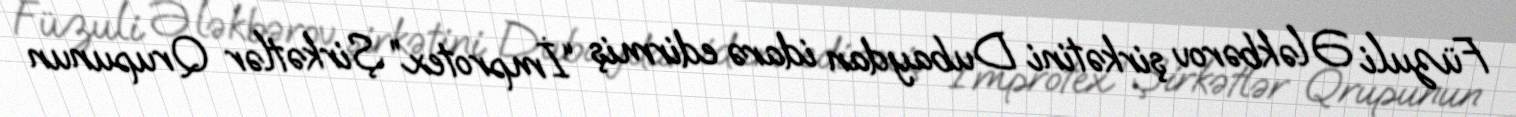
Füzuli Ələkbərov şirkətini Dubaydan idarə edirmiş “İmprotex” Şirkətlər Qrupunun